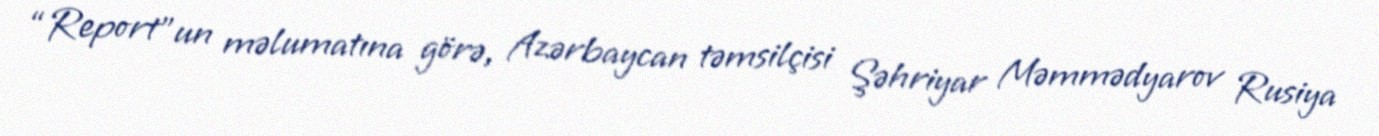
“Report”un məlumatına görə, Azərbaycan təmsilçisi Şəhriyar Məmmədyarov Rusiya